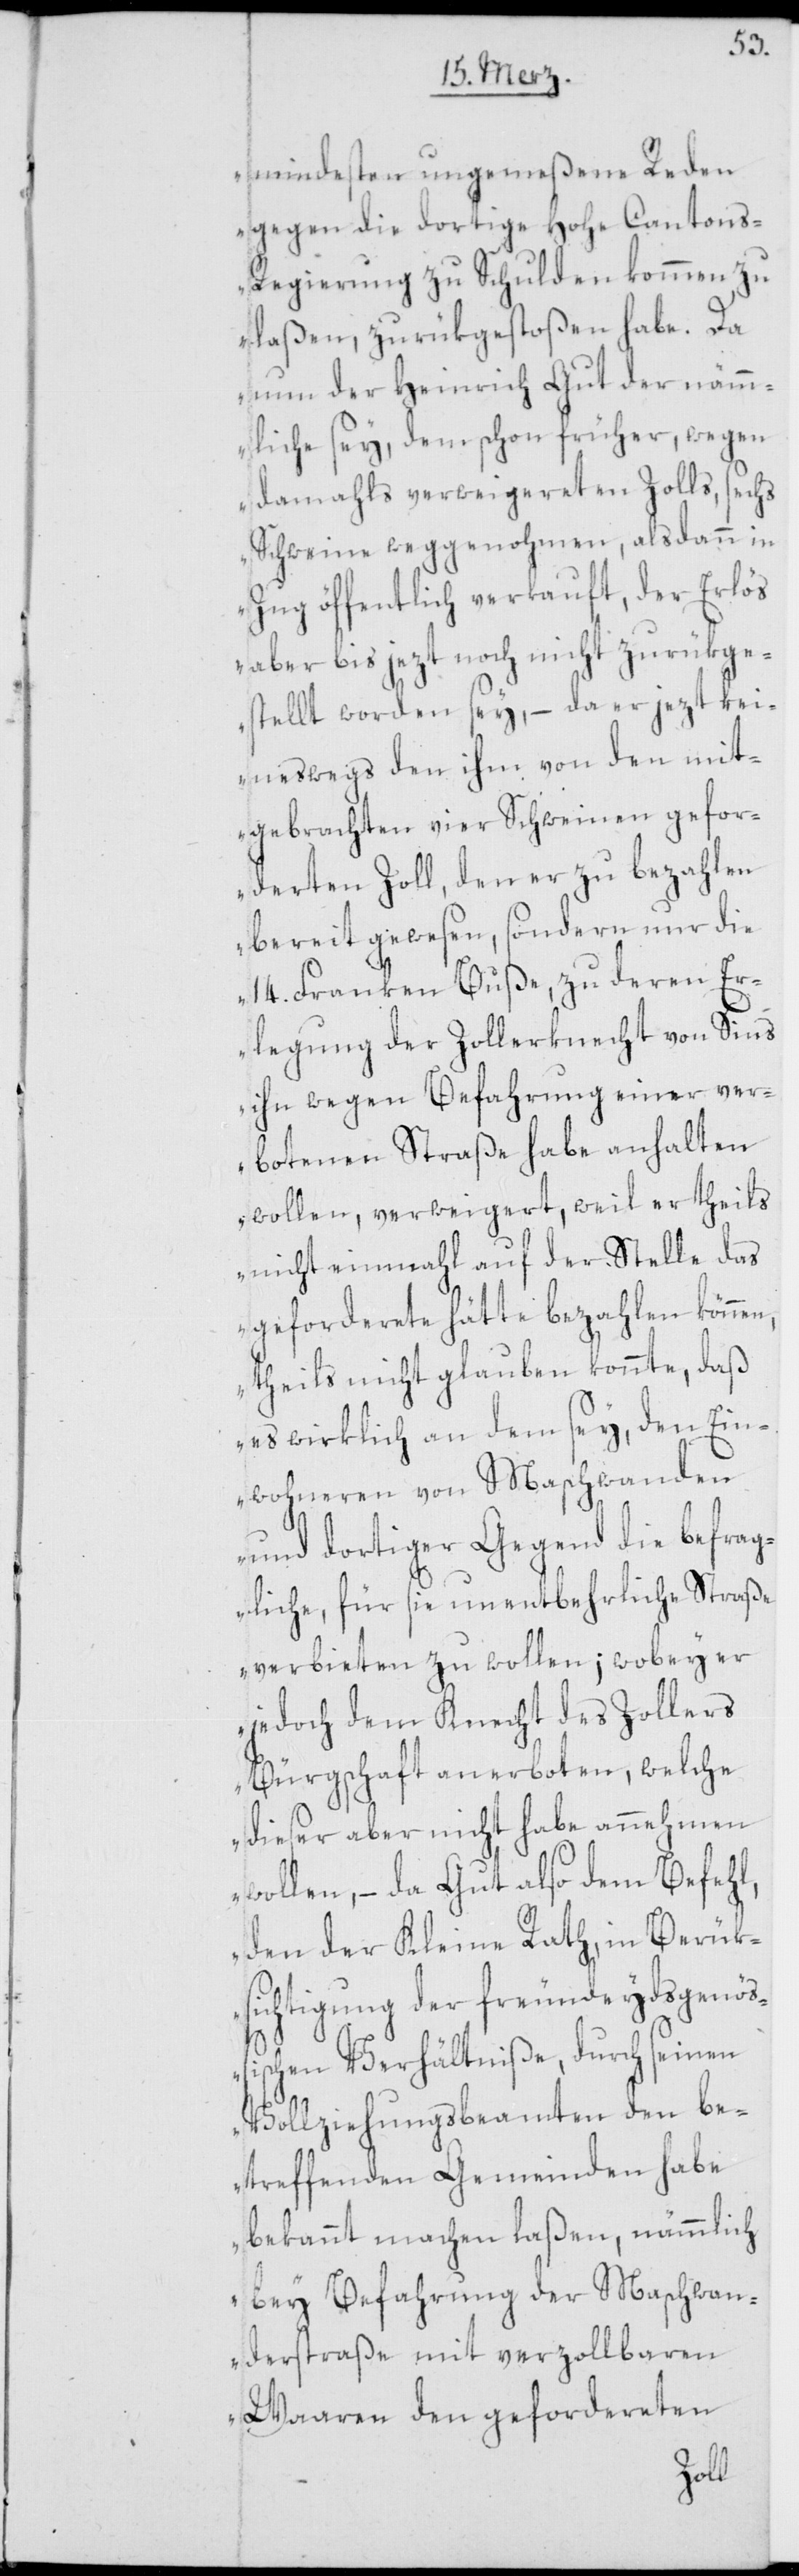
mindesten ungemeßene Reden
gegen die dortige Hohe Cantons-R¬
egierung zu Schulden kommen zu
laßen, zurükgestoßen habe. Da
nun der Heinrich Gut der näm¬
mliche sey, dem schon früher, wegen
damahls verweigereten Zolls, sechs
Schweine weggenohmen, als dann in
Zug öffentlich verkauft, der Erlös
aber bis jezt noch nicht zurükge¬
stellt worden sey, – da er jezt kei¬
neswegs den ihm von den mit¬
gebrachten vier Schweinen gefor¬
derten Zoll, den er zu bezahlen
bereit gewesen, sondern nur die
14. Franken Buße, zu deren Er¬
legung der Zollerknecht von Sins
ihn wegen Befahrung einer ver¬
botenen Straße habe anhalten
wollen, verweigert, weil er theils
nicht einmahl auf der Stelle das
geforderte hätte bezahlen können,
theils nicht glauben konnte, daß
es wirklich an dem sey, den Ein¬
wohneren von Maschwanden
und dortiger Gegend die befrag¬
liche, für sie unentbehrliche Straße
verbieten zu wollen; wobey er
jedoch dem Knecht des Zollers
Bürgschaft anerboten, welche
dieser aber nicht habe annehmen
wollen, – da Gut also dem Befehl,
den der Kleine Rath, in Berük¬
sichtigung der freundeydsgenößi¬
Vollziehungsbeamten den be¬
treffenden Gemeinden habe
bekannt machen laßen, nämmlich
bey Befahrung der Maschwan¬
derstraße mit verzollbaren
Waaren den gefordereten
schen